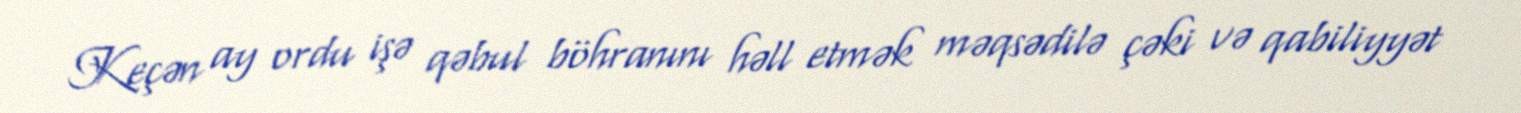
Keçən ay ordu işə qəbul böhranını həll etmək məqsədilə çəki və qabiliyyət